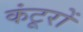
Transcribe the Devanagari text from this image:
कंटूरों